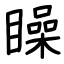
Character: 矂